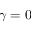
\gamma = 0